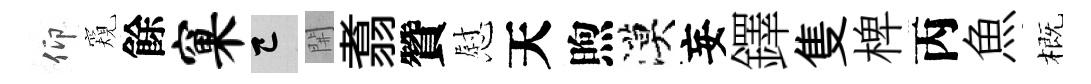
仰窺餘窠巳𨳩翥贊慰天煦漠妄鐸隻椑丙魚概